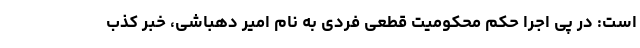
است: در پی اجرا حکم محکومیت قطعی فردی به نام امیر دهباشی، خبر کذب